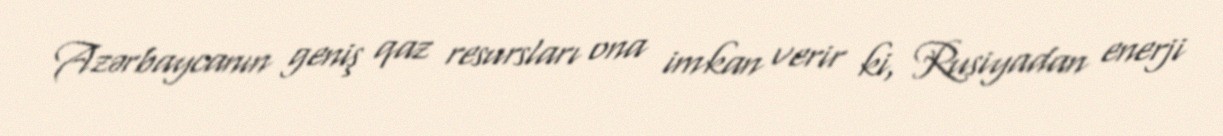
Azərbaycanın geniş qaz resursları ona imkan verir ki, Rusiyadan enerji